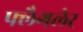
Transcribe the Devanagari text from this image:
फ्लैगलेर